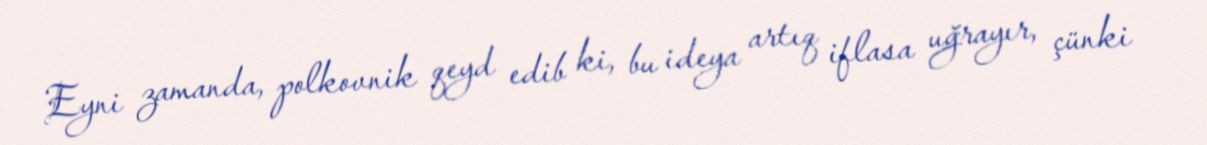
Eyni zamanda, polkovnik qeyd edib ki, bu ideya artıq iflasa uğrayır, çünki